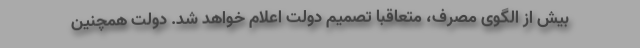
بیش از الگوی مصرف، متعاقبا تصمیم دولت اعلام خواهد شد. دولت همچنین